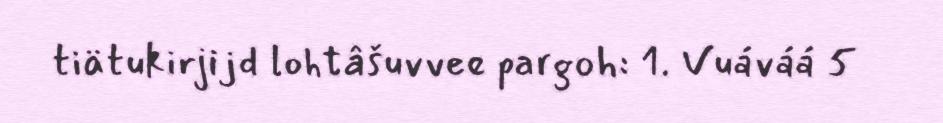
tiätukirjijd lohtâšuvvee pargoh: 1. Vuáváá 5